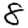
Digit: 8